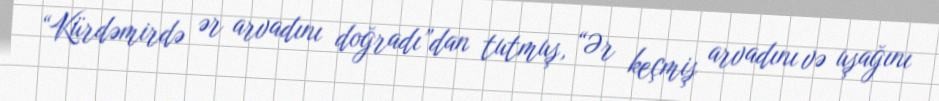
“Kürdəmirdə ər arvadını doğradı”dan tutmuş, “Ər keçmiş arvadını və uşağını